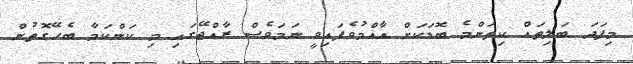
މިފަދަ ބަލިތައް ކިތަންމެ ބޮޑަކަށް އާއްމުވެފައިވީ ނަމަވެސް ރާއްޖޭގައި މި ކަންކަމާ ބެހޭގޮތުން